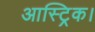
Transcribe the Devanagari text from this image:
आस्ट्रिक।